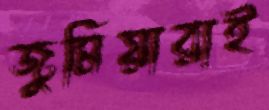
জুমিয়ারাই